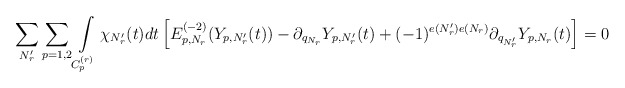
\begin{align*}\sum_{N_r'}\sum_{p=1,2}\int\limits_{C_p^{(r)}}\chi_{N_r'}(t)dt\left[E_{p,N_r}^{(-2)}(Y_{p,N_r'}(t))-\partial_{q_{N_r}}Y_{p,N_r'}(t)+(-1)^{e(N_r')e(N_r)}\partial_{q_{N_r'}}Y_{p,N_r}(t)\right]=0\end{align*}